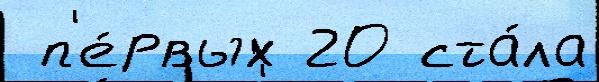
 п'е́рвых 20 ста́ла